Indian journal of veterinary science and animal husbandry - Volumes 18-21, 1948-1951
Year: 1948
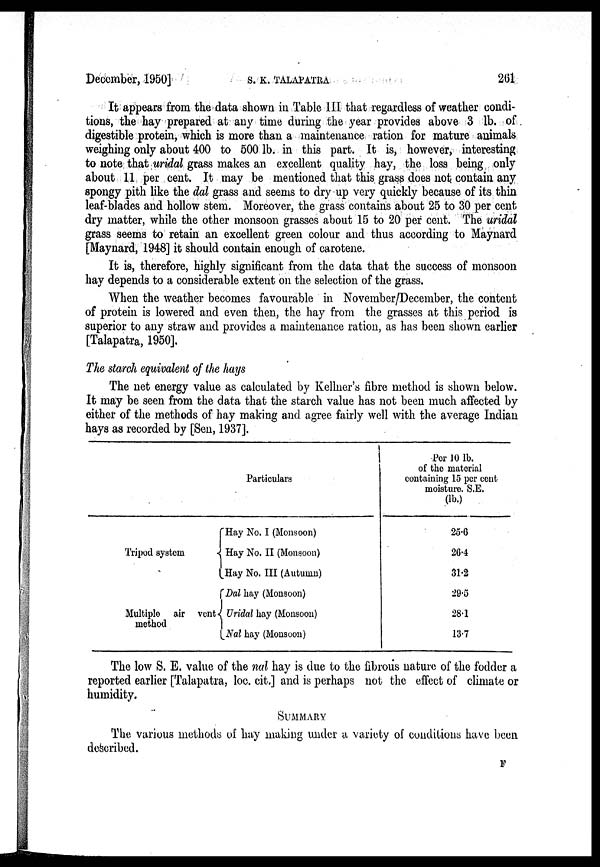
December, 1950]
S.
K.
TALAPATRA
261
It appears from the data shown in Table III that regardless of weather condi-
tions, the hay prepared at any time during the year provides above 3 lb. of
digestible protein, which is more than a maintenance ration for mature animals
weighing only about 400 to 500 lb. in this part. It is, however, interesting
to note that uridal grass makes an excellent quality hay, the loss being only
about 11 per cent. It may be mentioned that this grass does not contain any
spongy pith like the dal grass and seems to dry up very quickly because of its thin
leaf-blades and hollow stem. Moreover, the grass contains about 25 to 30 per cent
dry matter, while the other monsoon grasses about 15 to 20 per cent. The uridal
grass seems to retain an excellent green colour and thus according to Maynard
[Maynard, 1948] it should contain enough of carotene.
It is, therefore, highly significant from the data that the success of monsoon
hay depends to a considerable extent on the selection of the grass.
When the weather becomes favourable in November/December, the content
of protein is lowered and even then, the hay from the grasses at this period is
superior to any straw and provides a maintenance ration, as has been shown earlier
[Talapatra, 1950].
The starch equivalent of the hays
The net energy value as calculated by Kellner's fibre method is shown below.
It may be seen from the data that the starch value has not been much affected by
either of the methods of hay making and agree fairly well with the average Indian
hays as recorded by [Sen, 1937].
Particulars
Tripod system
Multiple air vent
method
Hay No. I (Monsoon)
Hay No. II (Monsoon)
Hay No. III (Autumn)
Dal bay (Monsoon)
Uridal hay (Monsoon)
Nal hay (Monsoon)
Per 10 lb.
of the material
containing 15 per cent
moisture. S.E.
(lb.)
25.6
26.4
31.2
29.5
28.1
13.7
The low S. E. value of the nal hay is due to the fibrous nature of the fodder a
reported earlier [Talapatra, loc. cit.] and is perhaps not the effect of climate or
humidity.
SUMMARY
The various methods of hay making under a variety of conditions have been
described.
F